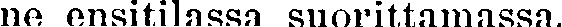
ne ensitilassa suorittamassa.